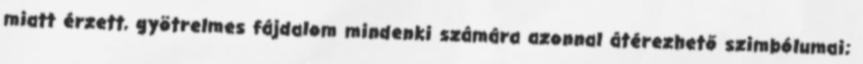
miatt érzett, gyötrelmes fájdalom mindenki számára azonnal átérezhető szimbólumai;